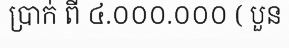
ប្រាក់ ពី ៤.០០០.០០០ ( បួន